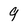
Character: 9